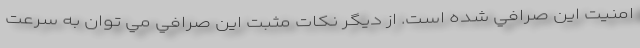
امنيت اين صرافي شده است. از ديگر نكات مثبت اين صرافي مي توان به سرعت